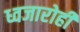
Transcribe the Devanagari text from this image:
ध्वजारोही